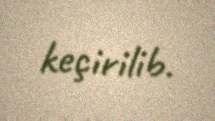
keçirilib.